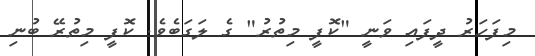
މިފަހަރު ދީފައި ވަނީ "ކޮފީ މިތުރު" ގެ ލަގަބެވެ. ކޮފީ މިތުރޭ ބުނި